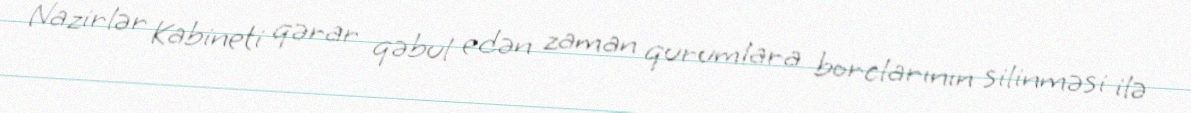
Nazirlər Kabineti qərar qəbul edən zaman qurumlara borclarının silinməsi ilə